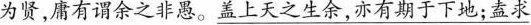
为贤，唐有谓余之非愚。\underline{盖上天之生余，亦有期于下地；盍求}